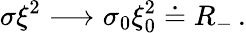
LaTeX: \sigma\xi^{2}\longrightarrow\sigma_{0}\xi_{0}^{2}\doteq R_{-}\, .